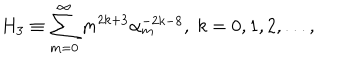
LaTeX: H _ { 3 } \equiv \sum _ { m = 0 } ^ { \infty } m ^ { 2 k + 3 } \alpha _ { m } ^ { - 2 k - 8 } , \; k = 0 , 1 , 2 , . . . ,